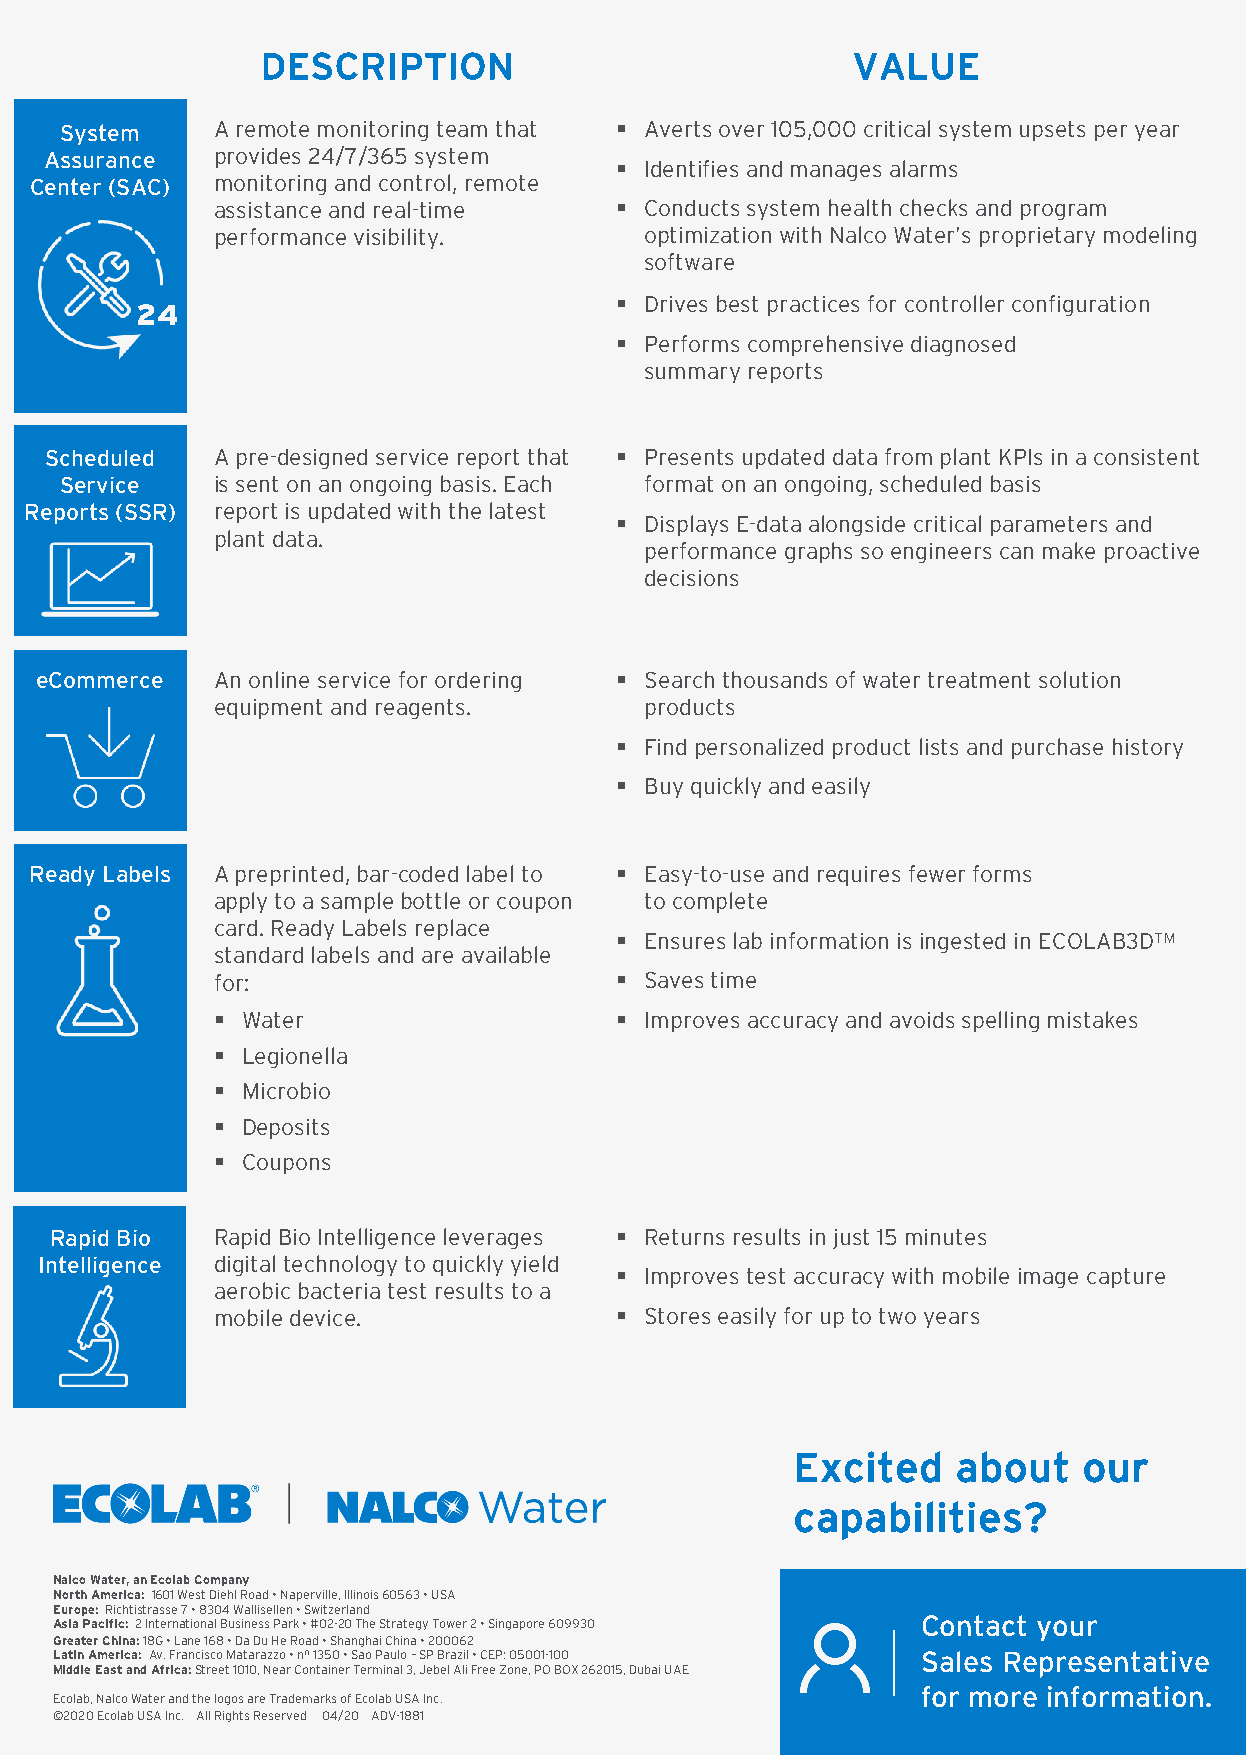
DESCRIPTION                            VALUE
 System    A remote monitoring team that § Averts over 105,000 critical system upsets per year
 Assurance  provides 24/7/365 system
 § Identifies and manages alarms
 Center (SAC) monitoring and control, remote
 assistance and real-time   § Conducts system health checks and program
 performance visibility.      optimization with Nalco Water’s proprietary modeling
 software
 § Drives best practices for controller configuration
 24
 § Performs comprehensive diagnosed
 summary reports
 Scheduled  A pre-designed service report that § Presents updated data from plant KPIs in a consistent
 Service   is sent on an ongoing basis. Each format on an ongoing, scheduled basis
 Reports (SSR) report is updated with the latest
 § Displays E-data alongside critical parameters and
 plant data.
 performance graphs so engineers can make proactive
 decisions
 eCommerce   An online service for ordering § Search thousands of water treatment solution
 equipment and reagents.      products
 § Find personalized product lists and purchase history
 § Buy quickly and easily
 Ready Labels A preprinted, bar-coded label to § Easy-to-use and requires fewer forms
 apply to a sample bottle or coupon to complete
 card. Ready Labels replace
 § Ensures lab information is ingested in ECOLAB3DTM
 standard labels and are available
 for:                       § Saves time
 § Water                    § Improves accuracy and avoids spelling mistakes
 § Legionella
 § Microbio
 § Deposits
 § Coupons
 Rapid Bio  Rapid Bio Intelligence leverages § Returns results in just 15 minutes
 Intelligence digital technology to quickly yield
 § Improves test accuracy with mobile image capture
 aerobic bacteria test results to a
 mobile device.             § Stores easily for up to two years
 Excited   about    our
 capabilities?
 Nalco Water, an Ecolab Company
 North America: 1601 West Diehl Road • Naperville, Illinois 60563 • USA
 Europe: Richtistrasse7 • 8304 Wallisellen• Switzerland
 Asia Pacific: 2 International Business Park • #02-20 The Strategy Tower 2 • Singapore 609930 Contact your
 Greater China: 18G • Lane 168 • Da Du He Road • Shanghai China • 200062
 Latin America: Av. Francisco Matarazzo • nº 1350 • Sao Paulo –SP Brazil • CEP: 05001-100 Sales Representative
 Middle East and Africa: Street 1010, Near Container Terminal 3, Jebel Ali Free Zone, PO BOX 262015, Dubai UAE
 for more information.
 Ecolab, Nalco Water and the logos are Trademarks of Ecolab USA Inc.
 ©2020 Ecolab USA Inc. All Rights Reserved 04/20 ADV-1881